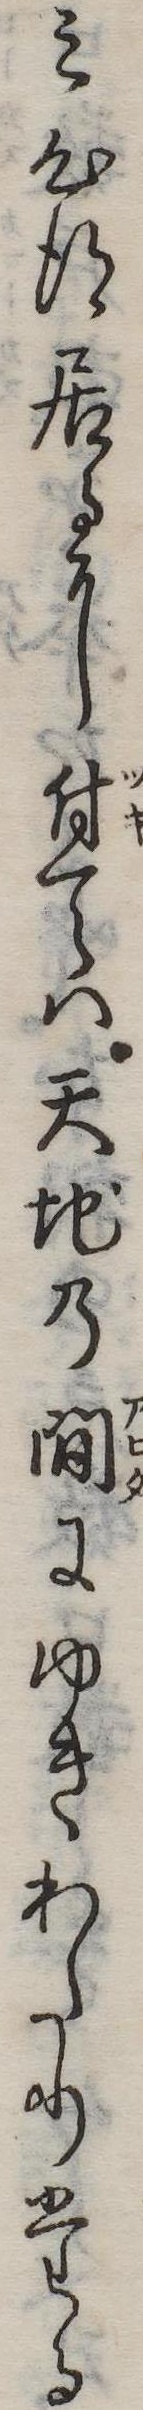
み心得居るに付ては天地の間にゆきわたりたる